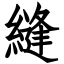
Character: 縫